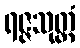
ရဇ္ဇသုတ္တံ